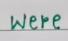
were